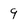
Character: 9